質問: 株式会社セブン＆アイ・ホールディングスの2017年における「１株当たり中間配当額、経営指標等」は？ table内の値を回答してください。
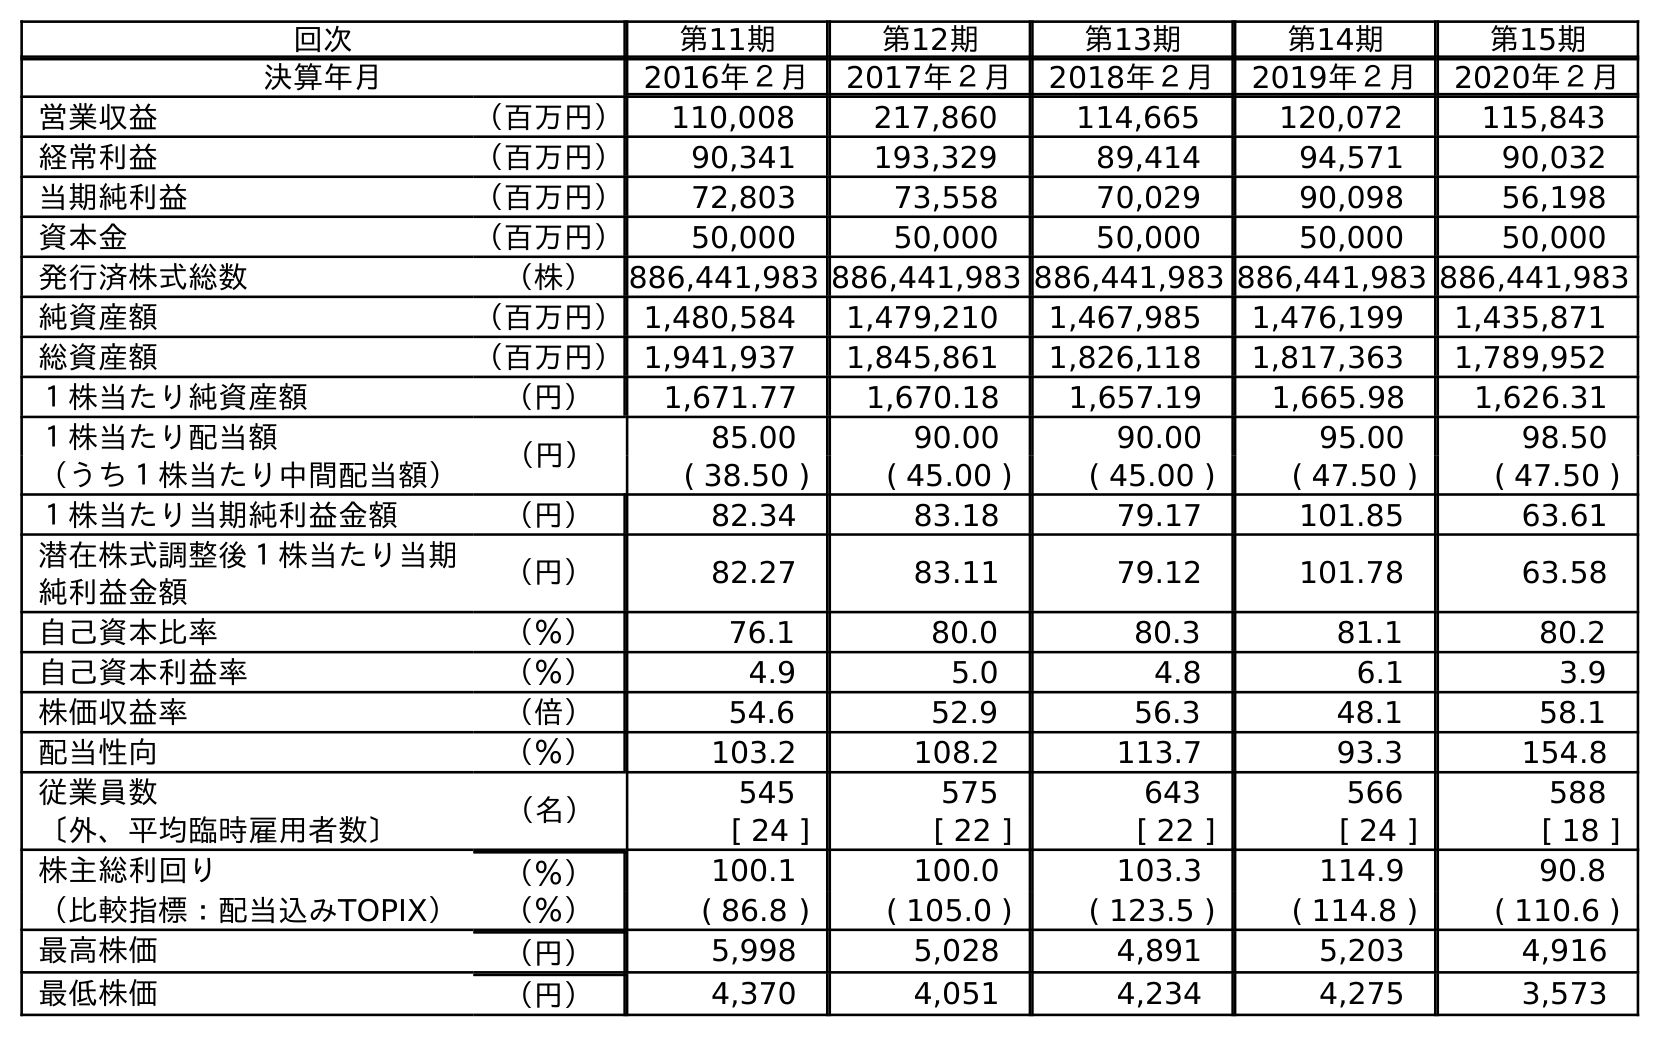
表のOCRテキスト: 回次 第11期 第12期 第13期 第14期 第15期 決算年月 2016年２月 2017年２月 2018年２月 2019年２月 2020年２月 営業収益 （百万円） 110,008 217,860 114,665 120,072 115,843 経常利益 （百万円） 90,341 193,329 89,414 94,571 90,032 当期純利益 （百万円） 72,803 73,558 70,029 90,098 56,198 資本金 （百万円） 50,000 50,000 50,000 50,000 50,000 発行済株式総数 （株） 886,441,983 886,441,983 886,441,983 886,441,983 886,441,983 純資産額 （百万円）1,480,584 1,479,210 1,467,985 1,476,199 1,435,871 総資産額 （百万円）1,941,937 1,845,861 1,826,118 1,817,363 1,789,952 １株当たり純資産額 （円） 1,671.77 1,670.18 1,657.19 1,665.98 1,626.31 １株当たり配当額 （円） 85.00 90.00 90.00 95.00 98.50 （うち１株当たり中間配当額） ( 38.50 ) ( 45.00 ) ( 45.00 ) ( 47.50 ) ( 47.50 ) １株当たり当期純利益金額 （円） 82.34 83.18 79.17 101.85 63.61 潜在株式調整後１株当たり当期 純利益金額 （円） 82.27 83.11 79.12 101.78 63.58 自己資本比率 （％） 76.1 80.0 80.3 81.1 80.2 自己資本利益率 （％） 4.9 5.0 4.8 6.1 3.9 株価収益率 （倍） 54.6 52.9 56.3 48.1 58.1 配当性向 （％） 103.2 108.2 113.7 93.3 154.8 従業員数 （名） 545 575 643 566 588 〔外、平均臨時雇用者数〕 [ 24 ] [ 22 ] [ 22 ] [ 24 ] [ 18 ] 株主総利回り （％） 100.1 100.0 103.3 114.9 90.8 （比較指標：配当込みTOPIX） （％） ( 86.8 ) ( 105.0 ) ( 123.5 ) ( 114.8 ) ( 110.6 ) 最高株価 （円） 5,998 5,028 4,891 5,203 4,916 最低株価 （円） 4,370 4,051 4,234 4,275 3,573
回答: (45.00)